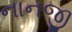
નાનજી